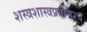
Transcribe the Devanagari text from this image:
शस्त्रशास्त्रप्रवीणश्च